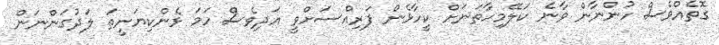
ގޮތެއްވެސް ހުންނާން ވާނެ ކަލޭމިހާތަނަށް ކީހާޅެން ފަރިއްސަށްވީ އަދިވެސް ހަމަ ޅެންކިޔަނީތަ ލަދުގަންނަން